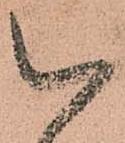
以